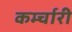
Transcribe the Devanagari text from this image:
कर्म्चारी